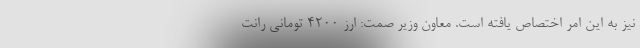
نیز به این امر اختصاص یافته است. معاون وزیر صمت: ارز 4200 تومانی رانت